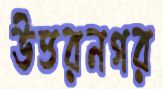
উত্তরনগর